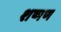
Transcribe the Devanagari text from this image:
शष्मण